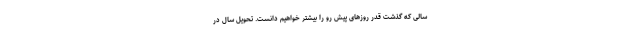
سالی که گذشت قدر روزهای پیش رو را بیشتر خواهیم دانست. تحویل سال در